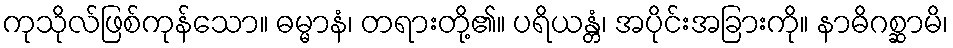
ကုသိုလ်ဖြစ်ကုန်သော။ ဓမ္မာနံ၊ တရားတို့၏။ ပရိယန္တံ၊ အပိုင်းအခြားကို။ နာဓိဂစ္ဆာမိ၊